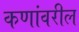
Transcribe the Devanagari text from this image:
कणांवरील